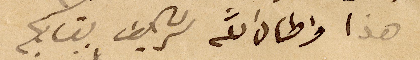
هذا واطال الله شريف بقاكم